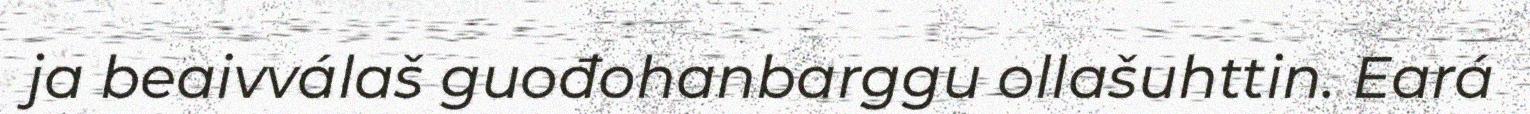
ja beaivválaš guođohanbarggu ollašuhttin. Eará